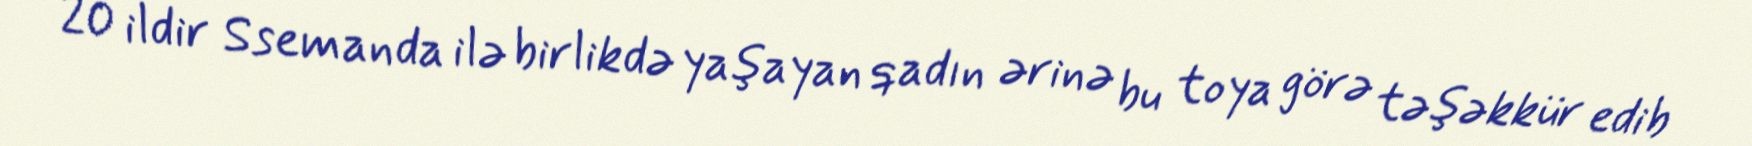
20 ildir Ssemanda ilə birlikdə yaşayan qadın ərinə bu toya görə təşəkkür edib